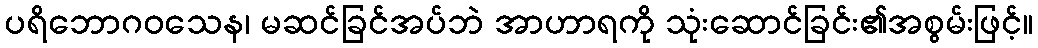
ပရိဘောဂဝသေန၊ မဆင်ခြင်အပ်ဘဲ အာဟာရကို သုံးဆောင်ခြင်း၏အစွမ်းဖြင့်။